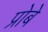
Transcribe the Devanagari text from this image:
प्रोबे